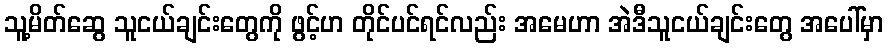
သူ့မိတ်ဆွေ သူငယ်ချင်းတွေကို ဖွင့်ဟ တိုင်ပင်ရင်လည်း အမေဟာ အဲဒီသူငယ်ချင်းတွေ အပေါ်မှာ